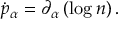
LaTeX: \dot { p } _ { \alpha } = \partial _ { \alpha } \left( \log n \right) .